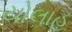
યોલાહ